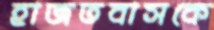
হাজতবাসকে